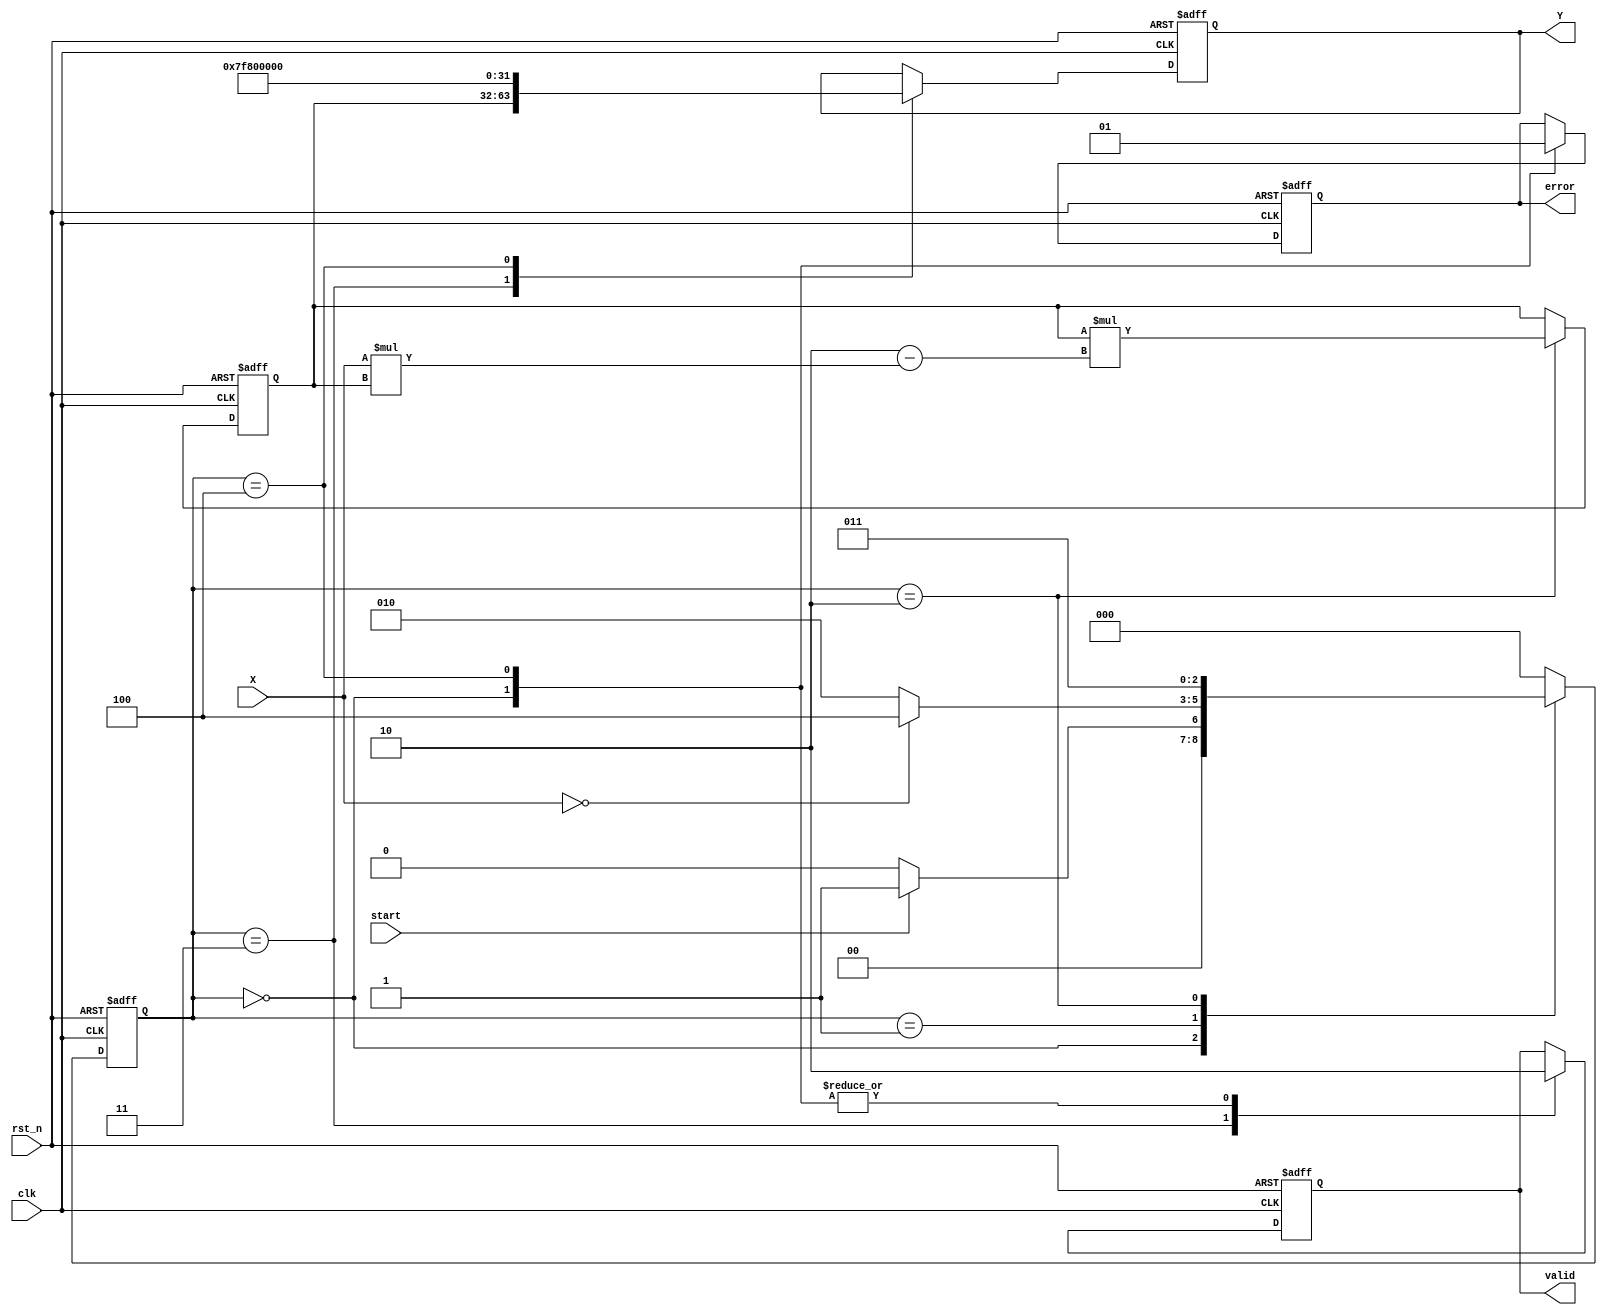
module DirectReciprocalUnit (
    input wire clk,               // Clock signal
    input wire rst_n,             // Active low reset
    input wire start,             // Start signal
    input wire [31:0] X,          // Input value (IEEE 754 floating-point)
    output reg [31:0] Y,          // Reciprocal output (IEEE 754 floating-point)
    output reg valid,             // Valid output indicator
    output reg error              // Error flag (for division by zero)
);

    reg [31:0] approx;            // Approximation of the reciprocal
    reg [2:0] state;              // State machine state
    reg [2:0] next_state;         // Next state

    // State encoding
    localparam IDLE = 3'b000,
               VALIDATE = 3'b001,
               COMPUTE = 3'b010,
               OUTPUT = 3'b011,
               ERROR = 3'b100;

    // State transition
    always @(posedge clk or negedge rst_n) begin
        if (!rst_n) begin
            state <= IDLE;
        end else begin
            state <= next_state;
        end
    end

    // State machine to control the operation of the DRU
    always @(*) begin
        case (state)
            IDLE: begin
                if (start) begin
                    next_state = VALIDATE;
                end else begin
                    next_state = IDLE;
                end
            end
            VALIDATE: begin
                if (X == 32'b0) begin
                    next_state = ERROR;
                end else begin
                    next_state = COMPUTE;
                end
            end
            COMPUTE: begin
                next_state = OUTPUT;
            end
            OUTPUT: begin
                next_state = IDLE;
            end
            ERROR: begin
                next_state = IDLE;
            end
            default: next_state = IDLE;
        endcase
    end

    // Output and computation logic
    always @(posedge clk or negedge rst_n) begin
        if (!rst_n) begin
            Y <= 32'b0;
            valid <= 1'b0;
            error <= 1'b0;
            approx <= 32'b0;
        end else begin
            case (state)
                IDLE: begin
                    valid <= 1'b0;
                    error <= 1'b0;
                end
                VALIDATE: begin
                    // No operation, handled in next state
                end
                COMPUTE: begin
                    // Initial approximation using a simple method
                    approx <= 32'h3f800000; // Initial approx = 1 (for normalization)
                    // Newton-Raphson iteration
                    approx <= approx * (2 - X * approx); // One iteration
                end
                OUTPUT: begin
                    Y <= approx;
                    valid <= 1'b1;
                end
                ERROR: begin
                    Y <= 32'h7f800000; // Set to infinity for division by zero
                    error <= 1'b1;
                    valid <= 1'b0;
                end
                default: begin
                    // Default case
                end
            endcase
        end
    end

endmodule